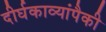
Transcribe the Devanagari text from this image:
दीर्घकाव्यांपैकी